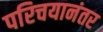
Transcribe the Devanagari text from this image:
परिचयानंतर